King Institute of Preventive Medicine Micro-Biological Section reports 1909-11
Year: 1909
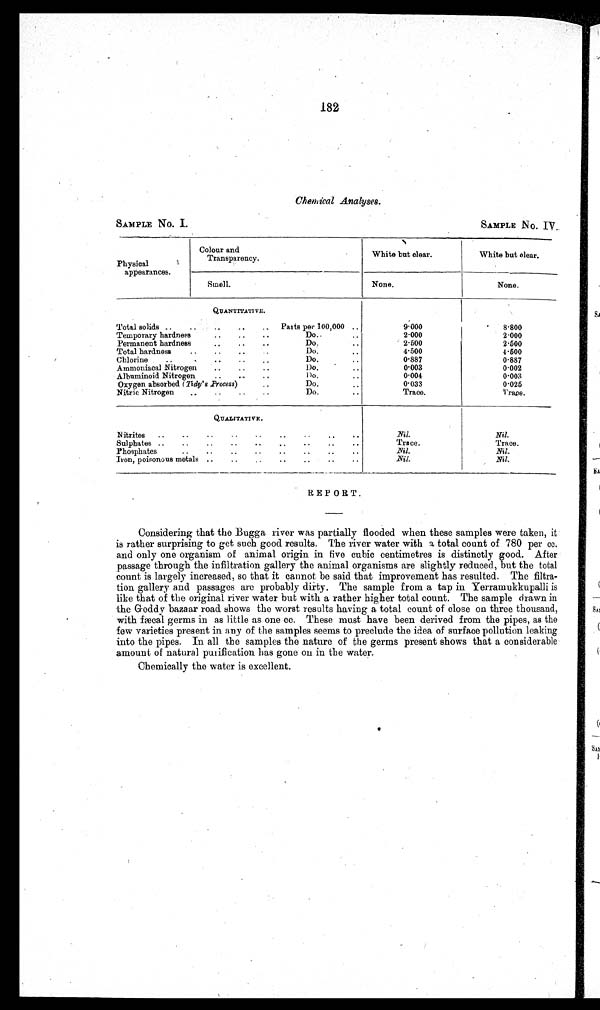
182
Chemical Analyses.
SAMPLE No. I.
SAMPLE NO. IV
Physical
appearances.
Colour and
Transparency.
White but clear.
White but clear.
Smell.
None.
None.
QUANTITATIVE.
Total solids ..
..
..
..
. •
Pads per 100,000 ..
9.000
•
8.800
..
..
. •
Temporary hardness..
..
2.000
2.000
Permanent hardness.. •
• •
Do.
..
2.500
2.500
Total hardness
..
..
..
..
Do.
..
4.500
4.500
Chlorine
..
..
..
..
Do.
0.887
0.887
Ammoniacal Nitrogen
..
• •
• .
Do.
'
..
0.003
0.002
Albuminoid Nitrogen
....
Do.
..
0.004
0.003
Oxygen absorbed (Tidy's .Process). .
Do.
..
0.033
0.025
Nitric Nitrogen
..
..
..
..
Do.
..
Trace.
Trace.
QUALITATIVE.
Nitrites
..
. - • • • • • • .. . • ..
Nil.
Nil.
Trace.
Sulphates ..
..
..
..
..
..
..
..
..
Trace.
Phosphates..
• -
• •
• •
- -
• •
• •
Nil.
Iron, poisonous metals ..
..
..
..
..
..
..
Nil.
— - —
—
REPORT.
•
Considering that the Bugga river was partially flooded when these samples were taken, it
is rather surprising to get such good results. The river water with a total count of 780 per cc.
and only one organism of animal origin in five cubic centimetres is distinctly good. After
passage through the infiltration gallery the animal organisms are slightly reduced, but the total
count is largely increased, so that it cannot be said that improvement has resulted. The filtra-
tion gallery and passages are probably dirty. The sample from a tap in Yerramukkupalli is
like that of the original river water but with a rather higher total count. The sample drawn in
the Geddy bazaar road shows the worst results having a total count of close on three thousand,
with fæcal germs in as little as one cc. These must have been derived from the pipes, as the
few varieties present in any of the samples seems to preclude the idea of surface pollution leaking.
into the pipes. In all the samples the nature of the germs present shows that a considerable.
amount of natural purification has gone on in the water.
Chemically the water is excellent.